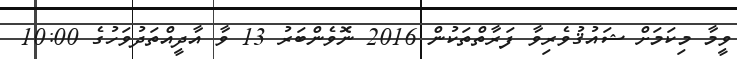
ވީމާ މިކަމަށް ޝައުޤުވެރިވާ ފަރާތްތަކުން 2016 ނޮވެންބަރު 13 ވާ އާދީއްތަދުވަހުގެ 10:00